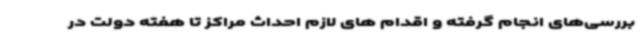
بررسی‌های انجام گرفته و اقدام های لازم احداث مراکز تا هفته دولت در